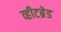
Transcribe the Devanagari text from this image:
व्हीटब्रेड